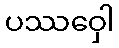
ပဿဝှေါ